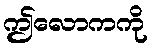
ဤလောကကို